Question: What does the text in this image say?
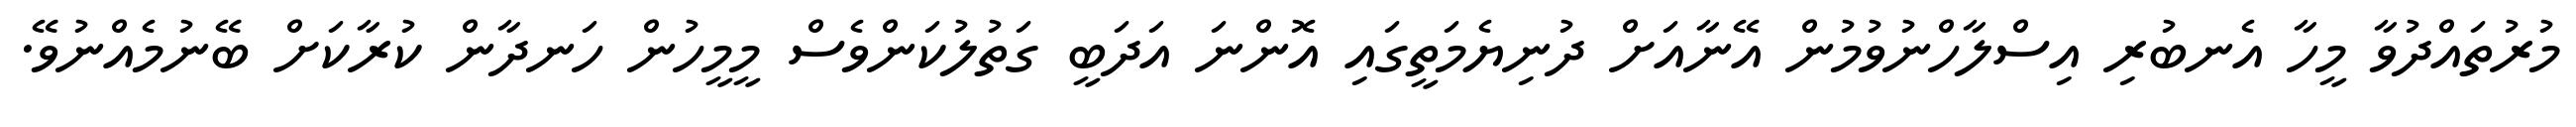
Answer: މުރުތައްދުވާ މީހާ އެނބުރި އިސްލާހްނުވުމުން އޭނާއަށް ދުނިޔެމަތީގައި އޮންނަ އަދަބީ ގަތުލުކަންވެސް މީމީހުން ހަނދާން ކުރާކަށް ބޭނުމެއްނުވޭ.